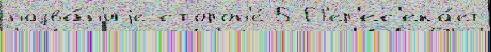
назва́н'иjе сторон'е́ 5 П'ер'ес'ека́ет